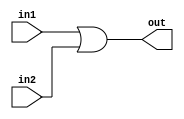
`timescale 1ns / 1ps
//////////////////////////////////////////////////////////////////////////////////
// Company: 
// 
// Design Name: LOGICAL OR GATE
// Module Name:    OR_gate 
// Project Name: 
// Target Devices: 
// Tool versions: 
// Description: 
//
// Dependencies: 
//
// Revision: 
// Revision 0.01 - File Created
// Additional Comments: 
//
//////////////////////////////////////////////////////////////////////////////////
module OR_gate(in1,in2,out);
input in1,in2;
output out;
assign out = in1|in2;
endmodule